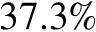
3 7 . 3 \%